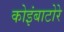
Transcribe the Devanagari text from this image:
कोइंबाटोरे